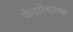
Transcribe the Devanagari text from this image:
केदारेश्वराचा